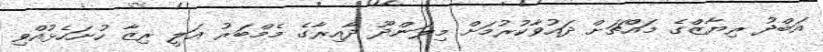
އަބްދު ރިޔާޒްގެ މައްޗަށް ދައުވާކުރުމަށް މިލަންދޫ ދާއިރާގެ މެމްބަރު އަލީ ރިޒާ ހުށަހެޅުއްވި